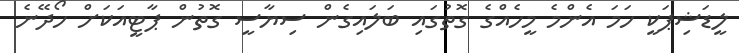
ލީޑަޝިޕަކީ ހަމަ އެންމެ މީހެއްގެ ގޮތުގައި ބަލައިގެން ސިޔާސީ ގޮތުން ޕާޓީއަކަށް ހޯދޭނެ